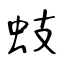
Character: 蚑